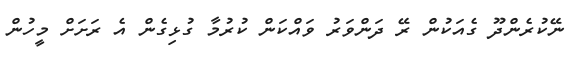
ނޭކުރެންދޫ ގެއަކުން ރޭ ދަންވަރު ވައްކަން ކުރުމާ ގުޅިގެން އެ ރަށަށް މީހުން